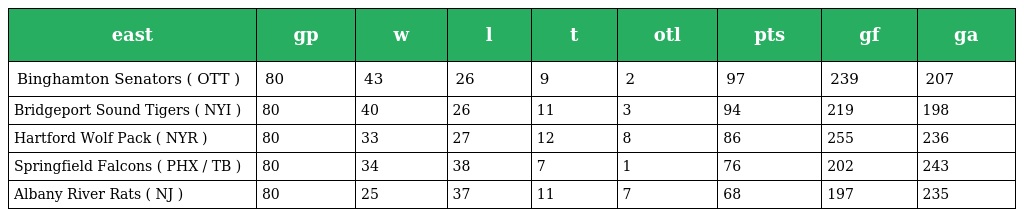
| east | gp | w | l | t | otl | pts | gf | ga |
 | --- | --- | --- | --- | --- | --- | --- | --- | --- |
 | Binghamton Senators ( OTT ) | 80 | 43 | 26 | 9 | 2 | 97 | 239 | 207 |
 | Bridgeport Sound Tigers ( NYI ) | 80 | 40 | 26 | 11 | 3 | 94 | 219 | 198 |
 | Hartford Wolf Pack ( NYR ) | 80 | 33 | 27 | 12 | 8 | 86 | 255 | 236 |
 | Springfield Falcons ( PHX / TB ) | 80 | 34 | 38 | 7 | 1 | 76 | 202 | 243 |
 | Albany River Rats ( NJ ) | 80 | 25 | 37 | 11 | 7 | 68 | 197 | 235 |